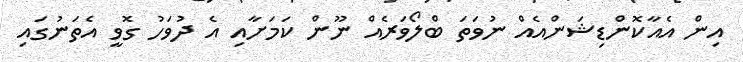
އިން އެއާކޮންޑިޝަންއެއް ނުވަތަ ބްލޯވަރެއް ނޫން ކަމަށާއި އެ ދުވަހު ގޮވީ އެތަނުގައި